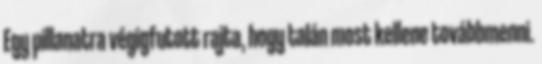
Egy pillanatra végigfutott rajta, hogy talán most kellene továbbmenni.